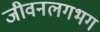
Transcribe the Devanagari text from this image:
जीवनलगभग